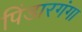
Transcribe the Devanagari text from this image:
पिंडारगंगा